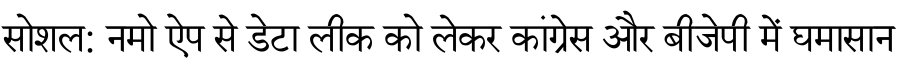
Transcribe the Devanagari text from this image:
सोशल: नमो ऐप से डेटा लीक को लेकर कांग्रेस और बीजेपी में घमासान